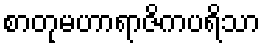
စာတုမဟာရာဇိကပရိသာ